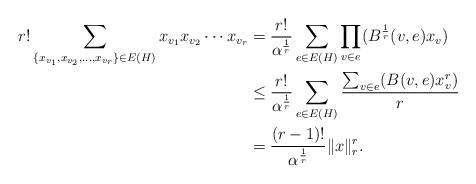
LaTeX: \begin{align*}r!\sum_{\{x_{v_{1}},x_{v_{2}},\ldots,x_{v_{r}}\}\in E(H)}x_{v_{1}}x_{v_{2}}\cdots x_{v_{r}} &= \frac{r!}{\alpha^{\frac{1}{r}}}\sum_{e\in E(H)}\prod_{v\in e}(B^{\frac{1}{r}}(v,e)x_{v})\\ &\leq \frac{r!}{\alpha^{\frac{1}{r}}}\sum_{e\in E(H)}\frac{\sum_{v\in e}(B(v,e)x_{v}^{r})}{r}\\ &= \frac{(r-1)!}{\alpha^{\frac{1}{r}}}\|x\|_{r}^r.\end{align*}